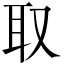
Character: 取